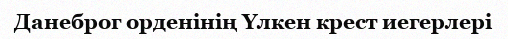
Данеброг орденінің Үлкен крест иегерлері